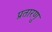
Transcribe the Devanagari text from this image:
प्रतारणु